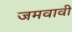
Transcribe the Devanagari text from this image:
जमवावी